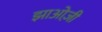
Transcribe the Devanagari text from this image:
झाओज़ी